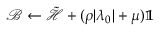
\mathcal { B } \gets \tilde { \mathcal { H } } + ( \rho | \lambda _ { 0 } | + \mu ) \mathbb { 1 }